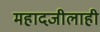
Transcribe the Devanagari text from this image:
महादजीलाही